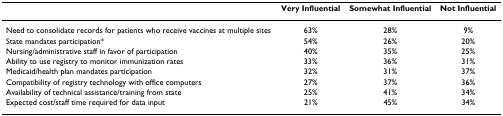
<table><thead><tr><td></td><td><b>Very Influential</b></td><td><b>Somewhat Influential</b></td><td><b>Not Influential</b></td></tr></thead><tbody><tr><td>Need to consolidate records for patients who receive vaccines at multiple sites</td><td>63%</td><td>28%</td><td>9%</td></tr><tr><td>State mandates participation*</td><td>54%</td><td>26%</td><td>20%</td></tr><tr><td>Nursing/administrative staff in favor of participation</td><td>40%</td><td>35%</td><td>25%</td></tr><tr><td>Ability to use registry to monitor immunization rates</td><td>33%</td><td>36%</td><td>31%</td></tr><tr><td>Medicaid/health plan mandates participation</td><td>32%</td><td>31%</td><td>37%</td></tr><tr><td>Compatibility of registry technology with office computers</td><td>27%</td><td>37%</td><td>36%</td></tr><tr><td>Availability of technical assistance/training from state</td><td>25%</td><td>41%</td><td>34%</td></tr><tr><td>Expected cost/staff time required for data input</td><td>21%</td><td>45%</td><td>34%</td></tr></tbody></table>